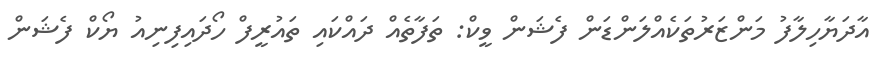
އާދަޔާހިލާފު މަންޒަރުތަކެއްލަންޑަން ފެޝަން ވީކް: ތަފާތެއް ދައްކައި ތައުރީފް ހޯދައިފިނިއު ޔޯކް ފެޝަން